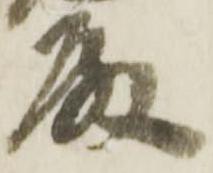
殿